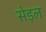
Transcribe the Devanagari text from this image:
सेड़ल